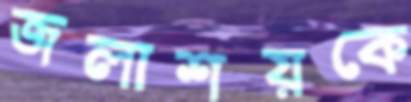
জলাশয়কে